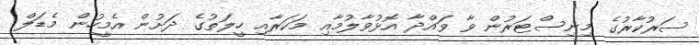
ސަރުކާރުގެ މިނިސްޓަރުން ވާ ވައްދާ އޮޅުވާލުމާއި މަކަރާއި ހީލަތުގެ ދަށުން އެމީހުން މެޑަލް